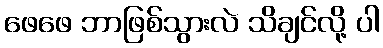
ဖေဖေ ဘာဖြစ်သွားလဲ သိချင်လို့ ပါ